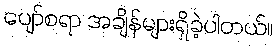
ပျော်စရာ အချိန်များရှိခဲ့ပါတယ်။